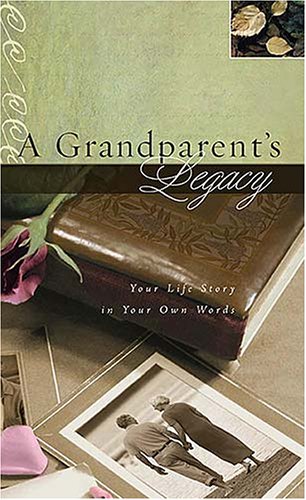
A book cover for A Grandparent's Legacy: Your Life Story in Your Own Words; Thomas Nelson; Parenting & Relationships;